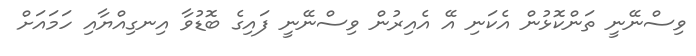
ވިސްނޭނީ ތަންކޮޅުން އެކަނި އޭ އެއިރުން ވިސްނޭނީ ފައިގެ ބޮޑުވާ އިނގިއްޔާއި ހަމައަށް